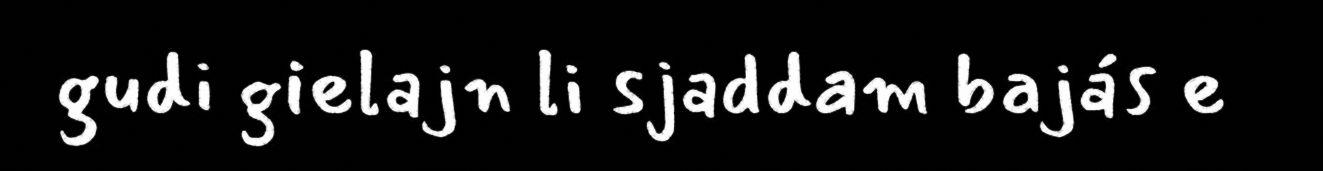
gudi gielajn li sjaddam bajás e